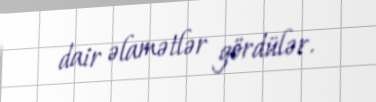
dair əlamətlər gördülər.